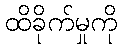
ထိခိုက်မှုကို